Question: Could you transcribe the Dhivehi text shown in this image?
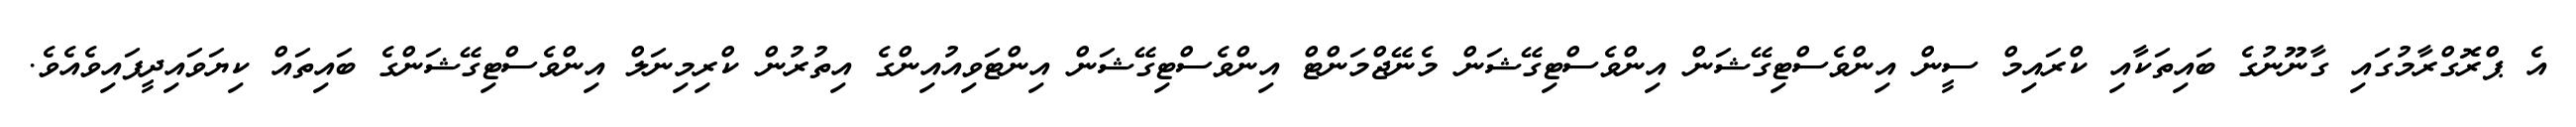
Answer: އެ ޕްރޮގްރާމުގައި ގާނޫނުގެ ބައިތަކާއި ކްރައިމް ސީން އިންވެސްޓިގޭޝަން އިންވެސްޓިގޭޝަން މެނޭޖްމަންޓް އިންވެސްޓިގޭޝަން އިންޓަވިއުއިންގެ އިތުރުން ކްރިމިނަލް އިންވެސްޓިގޭޝަންގެ ބައިތައް ކިޔަވައިދީފައިވެއެވެ.